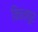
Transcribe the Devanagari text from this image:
विचनपुर